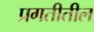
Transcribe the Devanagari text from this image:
प्रगतीतील